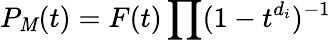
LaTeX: P_{\mathit{M}}(t)=F(t)\prod(1-t^{d_{i}})^{-1}